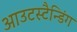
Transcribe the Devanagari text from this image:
आउटस्टैन्डिंग